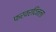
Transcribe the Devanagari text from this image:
फरवरदिनला